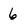
Character: 6